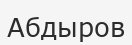
Абдыров